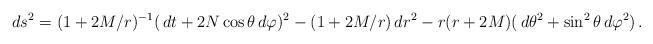
LaTeX: \begin{align*}ds^2 = (1+2M/r)^{-1}(\,dt+2N\cos\theta\,d\varphi)^2-(1+2M/r)\,dr^2 -r(r+2M)(\,d\theta^2+\sin^2\theta\,d\varphi^2)\,.\end{align*}